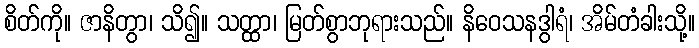
စိတ်ကို။ ဇာနိတွာ၊ သိ၍။ သတ္ထာ၊ မြတ်စွာဘုရားသည်။ နိဝေသနဒွါရံ၊ အိမ်တံခါးသို့။